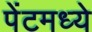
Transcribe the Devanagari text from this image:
पेंटमध्ये